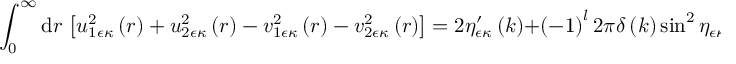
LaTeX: \int _ { 0 } ^ { \infty } \mathrm { d } r \, \left[ u _ { 1 \epsilon \kappa } ^ { 2 } \left( r \right) + u _ { 2 \epsilon \kappa } ^ { 2 } \left( r \right) - v _ { 1 \epsilon \kappa } ^ { 2 } \left( r \right) - v _ { 2 \epsilon \kappa } ^ { 2 } \left( r \right) \right] = 2 \eta _ { \epsilon \kappa } ^ { \prime } \left( k \right) + \left( - 1 \right) ^ { l } 2 \pi \delta \left( k \right) \sin ^ { 2 } \eta _ { \epsilon \kappa } \left( k \right) \, ,